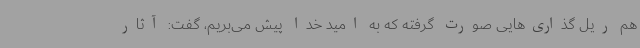
هم ریل گذاری‌هایی صورت گرفته که به امید خدا پیش می‌بریم، گفت: آثار